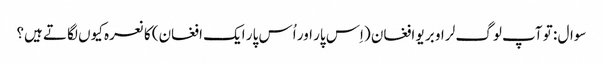
سوال : تو آپ لوگ لر او بر یو افغان (اِس پار اور اُس پار ایک افغان) کا نعرہ کیوں لگاتے ہیں؟